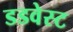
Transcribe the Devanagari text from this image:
डडवेस्ट